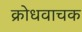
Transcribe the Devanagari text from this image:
क्रोधवाचक